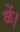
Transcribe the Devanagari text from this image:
ळें।